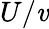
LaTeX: U/\mathit{v}